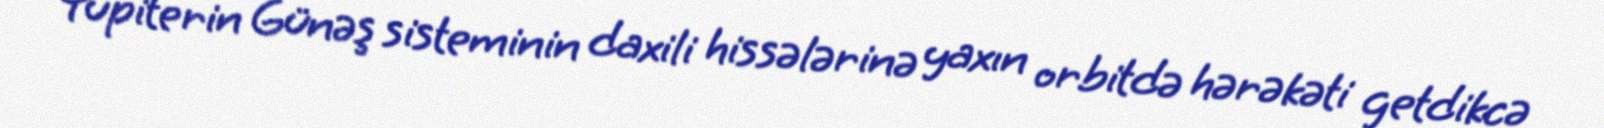
Yupiterin Günəş sisteminin daxili hissələrinə yaxın orbitdə hərəkəti getdikcə